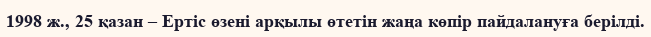
1998 ж., 25 қазан – Ертіс өзені арқылы өтетін жаңа көпір пайдалануға берілді.